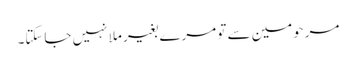
مرحومین سے تو مرے بغیر ملا نہیں جاسکتا۔